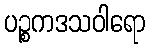
ပဉ္စကဒသဝါရော